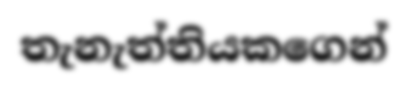
තැනැත්තියකගෙන්